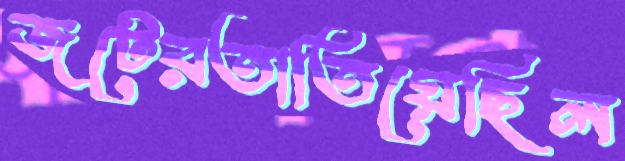
জটেরতাতিয়েছিল